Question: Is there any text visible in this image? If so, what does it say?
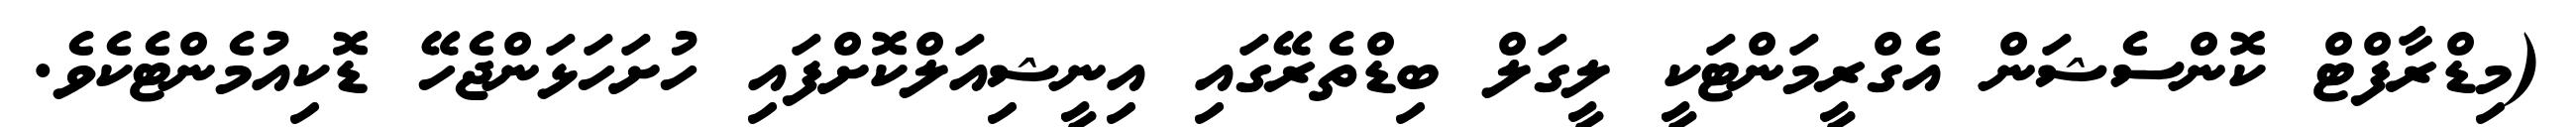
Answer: (މިޑްރާފްޓް ކޮންސެޝަން އެގްރީމަންޓަކީ ލީގަލް ބިޑްތެރޭގައި އިނީޝިއަލްކޮށްފައި ހުށަހަޅަންޖެހޭ ޑޮކިއުމެންޓެކެވެ.